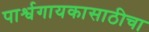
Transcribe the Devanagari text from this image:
पार्श्वगायकासाठीचा